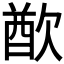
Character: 𣣫